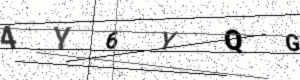
Text: 4Y6YQG